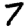
Digit: 7